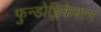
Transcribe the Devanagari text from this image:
फुन्डोप्लिकेशन